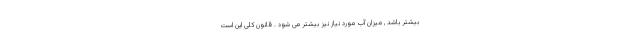
بیشتر باشد , میزان آب مورد نیاز نیز بیشتر می شود . قانون کلی این است